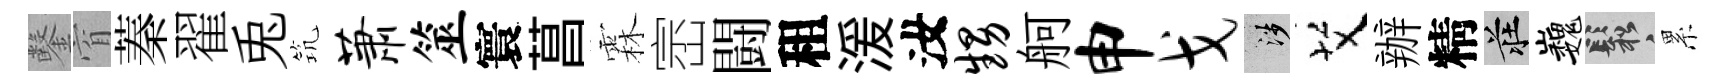
鑿窅蓁翟兎𥬑萧筮寰菖霖崈闘租湲汝甥舸申戈涉艾辦精莊巍鬆累